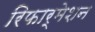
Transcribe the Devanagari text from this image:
रिफार्मेशन